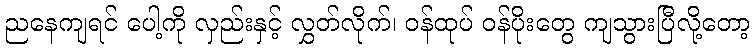
ညနေကျရင် ပေါ့ကို လှည်းနှင့် လွှတ်လိုက်၊ ဝန်ထုပ် ဝန်ပိုးတွေ ကျသွားပြီလို့တော့